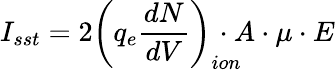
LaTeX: I_{sst}=2\left(q_{e}\frac{dN}{dV}\right)_{ion}\! \! \! \! \! \! \cdot A\cdot\mu\cdot E